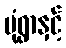
မုံရွာနှင့်